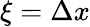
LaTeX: \xi=\Delta x